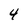
Character: 4